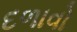
દળાવો